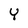
Character: Y